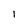
Character: l